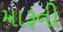
મારૂની